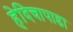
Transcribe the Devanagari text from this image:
हेदिचापाडा